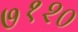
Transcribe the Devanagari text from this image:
७१२०